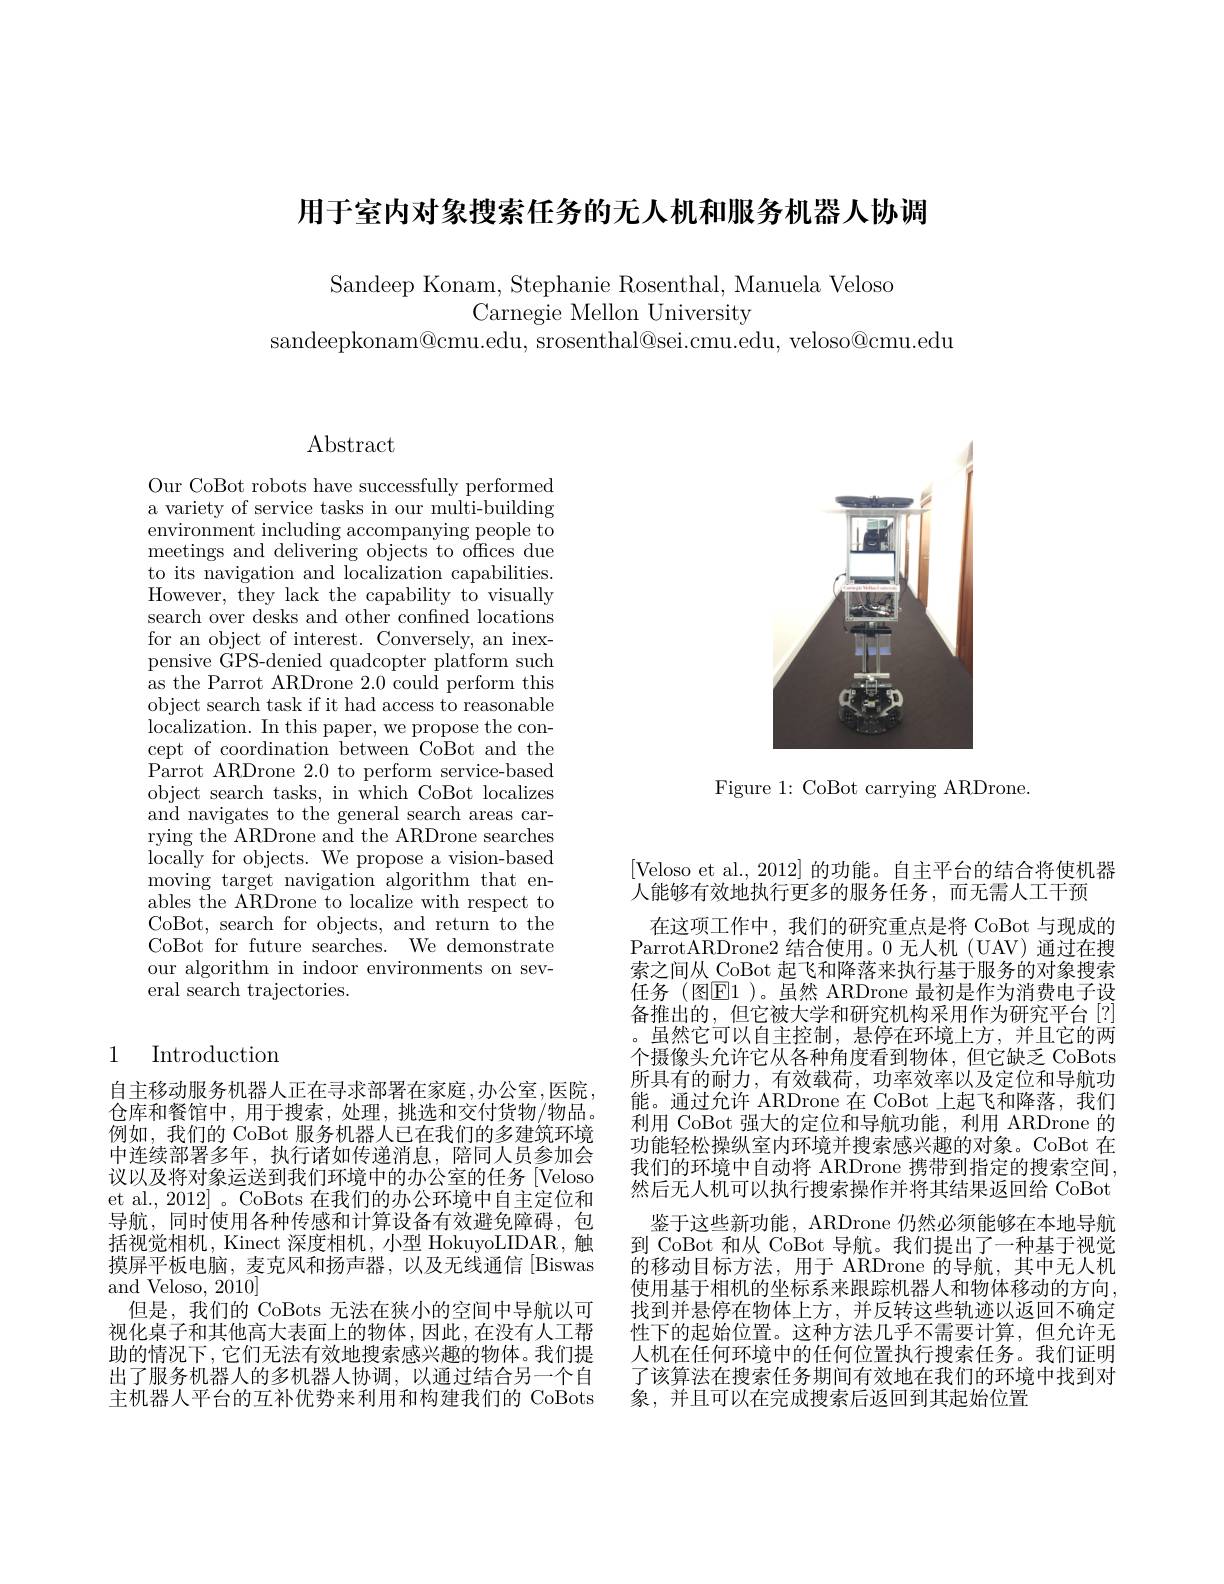
用于室内对象搜索任务的无人机和服务机器人协调

Sandeep Konam, Stephanie Rosenthal, Manuela Veloso
Carnegie Mellon University
sandeepkonam@cmu.edu, srosenthal@sei.cmu.edu, veloso@cmu.edu

<FigureHere>

Figure 1: CoBot carrying ARDrone.

Abstract

Our CoBot robots have successfully performed a variety of service tasks in our multi-building environment including accompanying people to meetings and delivering objects to offices due to its navigation and localization capabilities. However, they lack the capability to visually search over desks and other confined locations for an object of interest. Conversely, an inexpensive GPS-denied quadcopter platform such as the Parrot ARDrone 2.0 could perform this object search task if it had access to reasonable localization. In this paper, we propose the concept of coordination between CoBot and the ${\dot{\text{Parrot ARDrone 2.0 to perform service-based}}}$ object search tasks, in which CoBot localizes and navigates to the general search areas carrying the ARDrone and the ARDrone searches locally for objects. We propose a vision-based moving target navigation algorithm that enables the ARDrone to localize with respect to CoBot, search for objects, and return to the CoBot for future searches. We demonstrate our algorithm in indoor environments on several search trajectories.

# 1 Introduction

自主移动服务机器人正在寻求部署在家庭，办公室，医院， 仓库和餐馆中，用于搜索，处理，挑选和交付货物/物品。例如，我们的 CoBot 服务机器人已在我们的多建筑环境中连续部署多年，执行诸如传递消息，陪同人员参加会议以及将对象运送到我们环境中的办公室的任务 [Veloso et al., 2012| 。CoBots 在我们的办公环境中自主定位和导航，同时使用各种传感和计算设备有效避免障碍，包括视觉相机，Kinect 深度相机，小型 HokuyoLIDAR, 触摸屏平板电脑，麦克风和扬声器，以及无线通信 [Biswas and Veloso, 2010]
但是，我们的 CoBots 无法在狭小的空间中导航以可视化桌子和其他高大表面上的物体，因此，在没有人工帮助的情况下，它们无法有效地搜索感兴趣的物体。我们提出了服务机器人的多机器人协调，以通过结合另一个自主机器人平台的互补优势来利用和构建我们的 CoBots

[Veloso et al., 2012] 的功能。自主平台的结合将使机器
人能够有效地执行更多的服务任务，而无需人工干预
在这项工作中，我们的研究重点是将 CoBot 与现成的ParrotARDrone2 结合使用。0 无人机 (UAV) 通过在搜索之间从 CoBot 起飞和降落来执行基于服务的对象搜索任务 (图$\mathbb{E}1$ )。虽然 ARDrone 最初是作为消费电子设备推出的，但它被大学和研究机构采用作为研究平台[?] 。虽然它可以自主控制，悬停在环境上方，并且它的两个摄像头允许它从各种角度看到物体，但它缺乏 CoBots 所具有的耐力，有效载荷，功率效率以及定位和导航功能。通过允许 ARDrone 在 CoBot 上起飞和降落，我们利用 CoBot 强大的定位和导航功能，利用 ARDrone 的功能轻松操纵室内环境并搜索感兴趣的对象。CoBot 在我们的环境中自动将 ARDrone 携带到指定的搜索空间， 然后无人机可以执行搜索操作并将其结果返回给 CoBot
鉴于这些新功能，ARDrone 仍然必须能够在本地导航到 CoBot 和从 CoBot 导航。我们提出了一种基于视觉的移动目标方法，用于 ARDrone 的导航，其中无人机使用基于相机的坐标系来跟踪机器人和物体移动的方向， 找到并悬停在物体上方，并反转这些轨迹以返回不确定性下的起始位置。这种方法几乎不需要计算，但允许无人机在任何环境中的任何位置执行搜索任务。我们证明了该算法在搜索任务期间有效地在我们的环境中找到对象，并且可以在完成搜索后返回到其起始位置